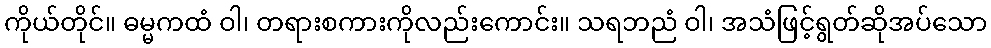
ကိုယ်တိုင်။ ဓမ္မကထံ ဝါ၊ တရားစကားကိုလည်းကောင်း။ သရဘညံ ဝါ၊ အသံဖြင့်ရွတ်ဆိုအပ်သော